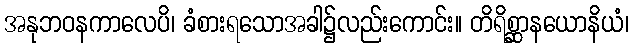
အနုဘဝနကာလေပိ၊ ခံစားရသောအခါ၌လည်းကောင်း။ တိရိစ္ဆာနယောနိယံ၊